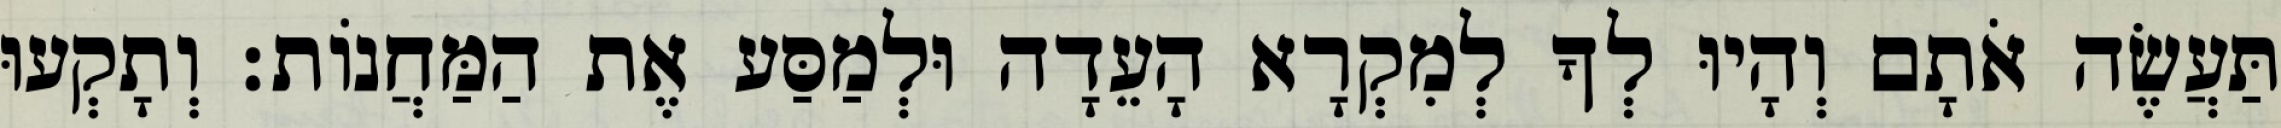
תַּעֲשֶׂה אֹתָם וְהָיוּ לְךָ לְמִקְרָא הָעֵדָה וּלְמַסַּע אֶת הַמַּחֲנוֹת׃ וְתָקְעוּ